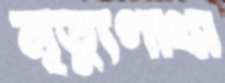
মৃত্যুগাথা